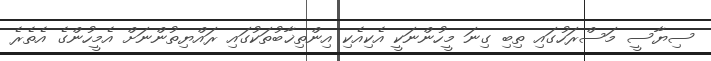
ސިޔާސީ މަސްރަހުގައި ތިބި ގިނަ މީހުންނަކީ އެކިއެކި އިންތިޚާބުތަކުގައި ރައްޔިތުންނަށް އެމީހުންގެ އެތެރެ